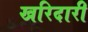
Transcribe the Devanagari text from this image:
खरिदारी